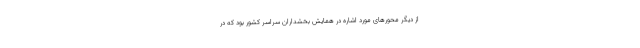
از دیگر محورهای مورد اشاره در همایش بخشداران سراسر کشور بود که در